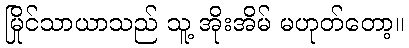
မြိုင်သာယာသည် သူ့ အိုးအိမ် မဟုတ်တော့။